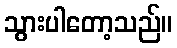
သွားပါတော့သည်။